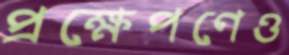
প্রক্ষেপণেও